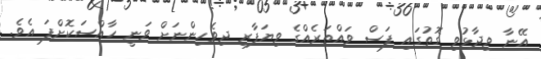
އޭނާ ވިދާޅުވި ގޮތުގައި ފަސް ވައްތަރެއްގެ ވިޔަފާރި ދިވެހިންނަށް ވަނީ ހާއްސަކޮށްފަ އެވެ.